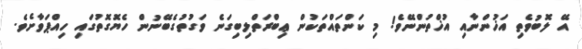
އޭ ލޮބުވެތި އަޚުންނާއި އުޚްތުންނޭވެ! މި ކަންތައްތަކުން ޢިބްރަތްލިބިގަނެ ވަގުތުގެބޭނުން ހެޔޮގޮތުގައި ހިއްޕަވާށެވެ.